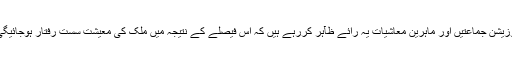
اپوزیشن جماعتیں اور ماہرین معاشیات یہ رائے ظآہر کررہے ہیں کہ اس فیصلے کے نتیجہ میں ملک کی معیشت سست رفتار ہوجائیگی ۔